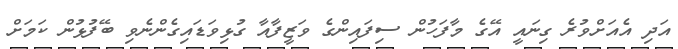
އަދި އެއަށްވުރެ ގިނައީ އޭގެ މާފަހުން ސިފައިންގެ ވަޒީފާއާ ގުޅިވަޑައިގެންނެވި ބޭފުޅުން ކަމަށް